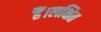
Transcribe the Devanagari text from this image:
हैं।लक्षित